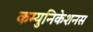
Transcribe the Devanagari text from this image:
कम्युनिकेशनस